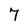
Character: 7